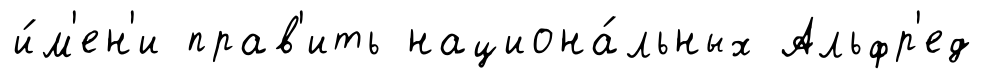
и́м'ен'и прав'ить национа́льных Альфр'ед